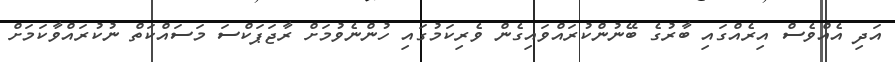
އަދި އެއްވެސް އިރެއްގައި ބާރުގެ ބޭނުންކުރައްވައިގެން ވެރިކަމުގައި ހުންނެވުމަށް ރާޖަޕަކްސަ މަސައްކަތް ނުކުރައްވާކަމަށް